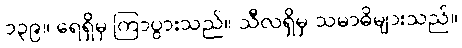
၁၃၉။ ရေရှိမှ ကြာပွားသည်။ သီလရှိမှ သမာဓိများသည်။